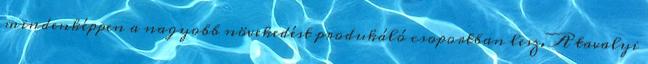
mindenképpen a nagyobb növekedést produkáló csoportban lesz. A tavalyi